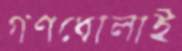
গণধোলাই